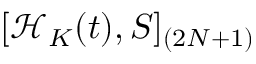
[ \mathcal { H } _ { K } ( t ) , S ] _ { ( 2 N + 1 ) }